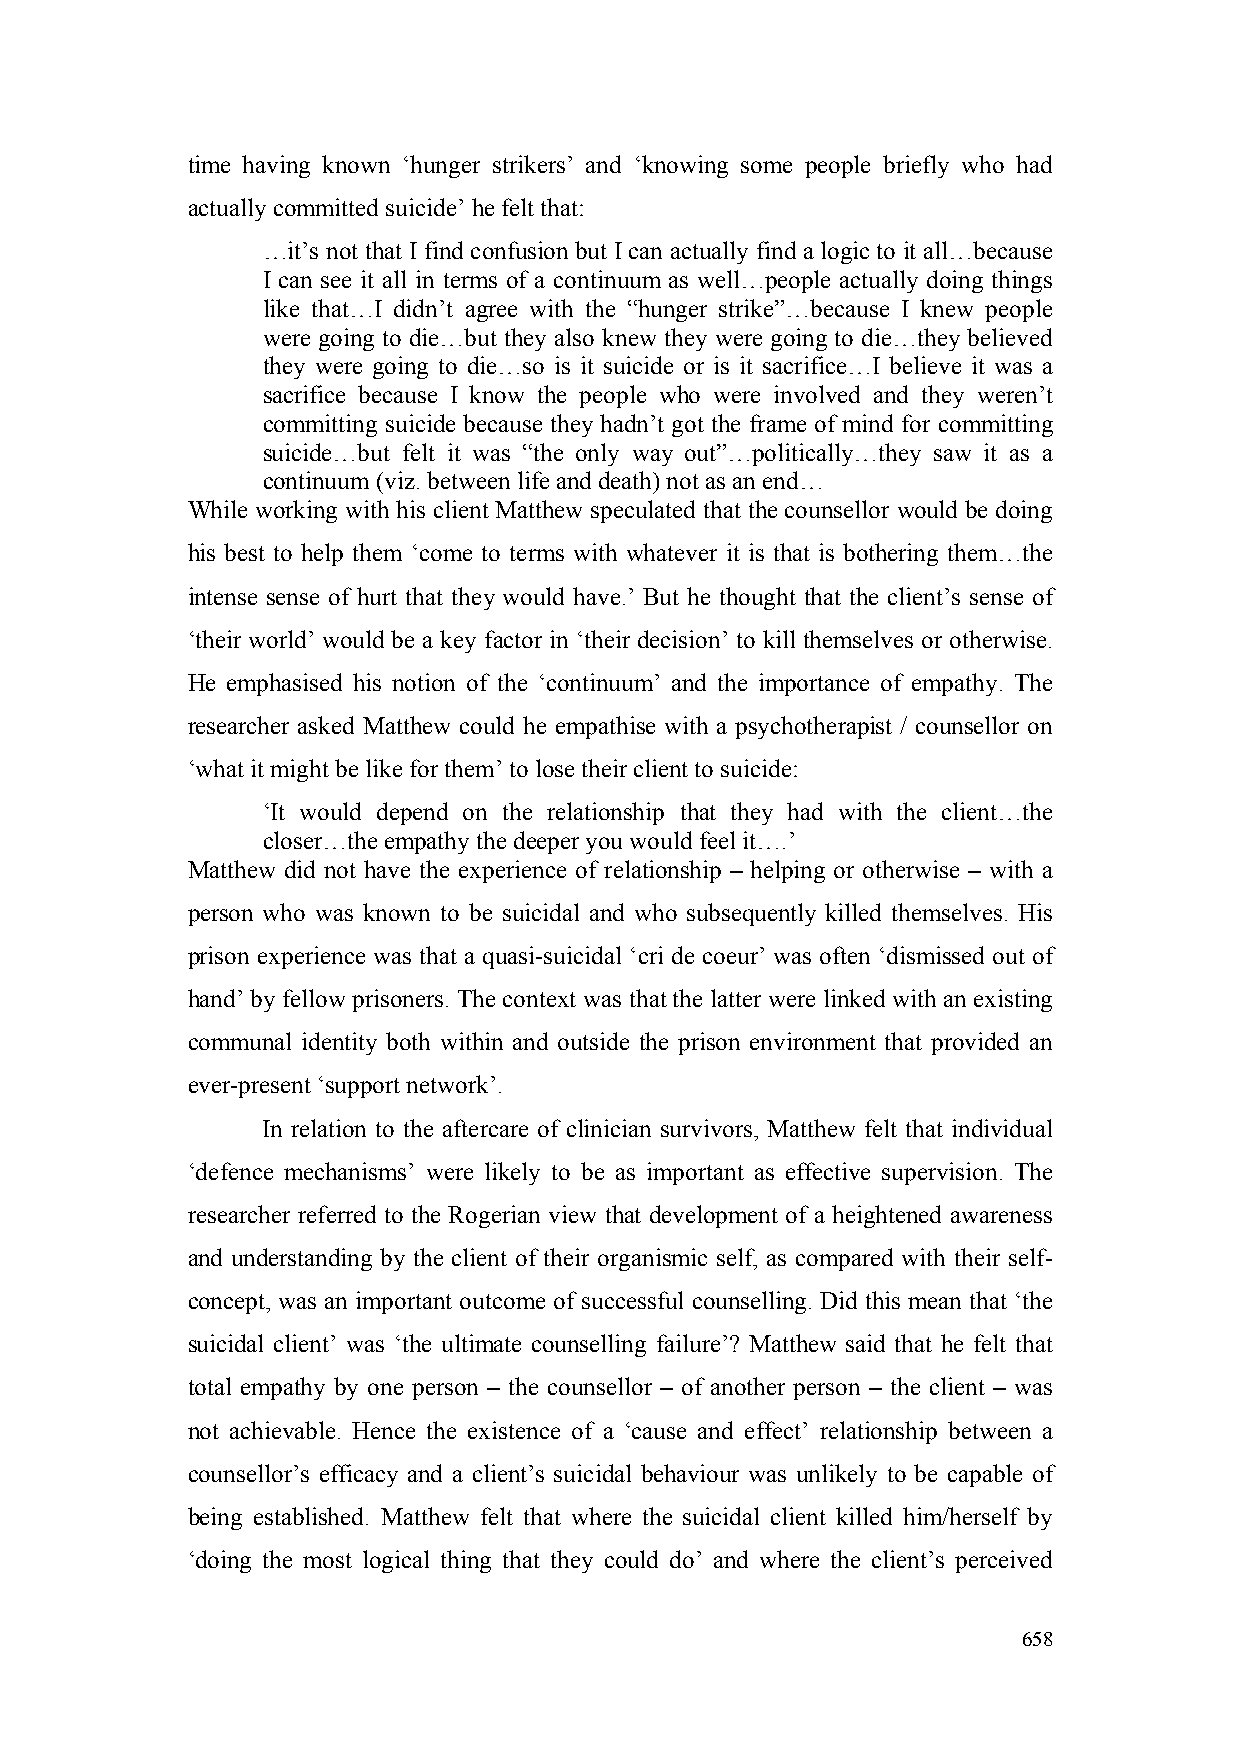
time having known ‘hunger strikers’ and ‘knowing some people briefly who had
 actually committed suicide’ he felt that:
 …it’s not that I find confusion but I can actually find a logic to it all…because
 I can see it all in terms of a continuum as well…people actually doing things
 like that…I didn’t agree with the “hunger strike”…because I knew people
 were going to die…but they also knew they were going to die…they believed
 they were going to die…so is it suicide or is it sacrifice…I believe it was a
 sacrifice because I know the people who were involved and they weren’t
 committing suicide because they hadn’t got the frame of mind for committing
 suicide…but felt it was “the only way out”…politically…they saw it as a
 continuum (viz. between life and death) not as an end…
 While working with his client Matthew speculated that the counsellor would be doing
 his best to help them ‘come to terms with whatever it is that is bothering them…the
 intense sense of hurt that they would have.’ But he thought that the client’s sense of
 ‘their world’ would be a key factor in ‘their decision’ to kill themselves or otherwise.
 He emphasised his notion of the ‘continuum’ and the importance of empathy. The
 researcher asked Matthew could he empathise with a psychotherapist / counsellor on
 ‘what it might be like for them’ to lose their client to suicide:
 ‘It would depend on the relationship that they had with the client…the
 closer…the empathy the deeper you would feel it….’
 Matthew did not have the experience of relationship – helping or otherwise – with a
 person who was known to be suicidal and who subsequently killed themselves. His
 prison experience was that a quasi-suicidal ‘cri de coeur’ was often ‘dismissed out of
 hand’ by fellow prisoners. The context was that the latter were linked with an existing
 communal identity both within and outside the prison environment that provided an
 ever-present ‘support network’.
 In relation to the aftercare of clinician survivors, Matthew felt that individual
 ‘defence mechanisms’ were likely to be as important as effective supervision. The
 researcher referred to the Rogerian view that development of a heightened awareness
 and understanding by the client of their organismic self, as compared with their self-
 concept, was an important outcome of successful counselling. Did this mean that ‘the
 suicidal client’ was ‘the ultimate counselling failure’? Matthew said that he felt that
 total empathy by one person – the counsellor – of another person – the client – was
 not achievable. Hence the existence of a ‘cause and effect’ relationship between a
 counsellor’s efficacy and a client’s suicidal behaviour was unlikely to be capable of
 being established. Matthew felt that where the suicidal client killed him/herself by
 ‘doing the most logical thing that they could do’ and where the client’s perceived
 658